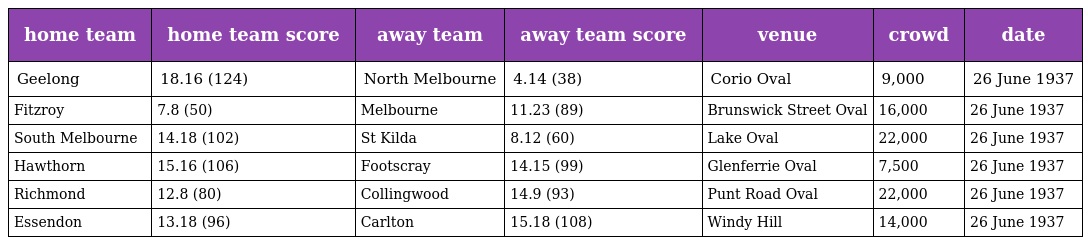
| home team | home team score | away team | away team score | venue | crowd | date |
 | --- | --- | --- | --- | --- | --- | --- |
 | Geelong | 18.16 (124) | North Melbourne | 4.14 (38) | Corio Oval | 9,000 | 26 June 1937 |
 | Fitzroy | 7.8 (50) | Melbourne | 11.23 (89) | Brunswick Street Oval | 16,000 | 26 June 1937 |
 | South Melbourne | 14.18 (102) | St Kilda | 8.12 (60) | Lake Oval | 22,000 | 26 June 1937 |
 | Hawthorn | 15.16 (106) | Footscray | 14.15 (99) | Glenferrie Oval | 7,500 | 26 June 1937 |
 | Richmond | 12.8 (80) | Collingwood | 14.9 (93) | Punt Road Oval | 22,000 | 26 June 1937 |
 | Essendon | 13.18 (96) | Carlton | 15.18 (108) | Windy Hill | 14,000 | 26 June 1937 |